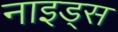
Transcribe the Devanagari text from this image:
नाइड्स